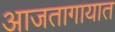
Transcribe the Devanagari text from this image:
आजतागायात